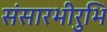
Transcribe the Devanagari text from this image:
संसारभीरुभि